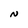
Character: N